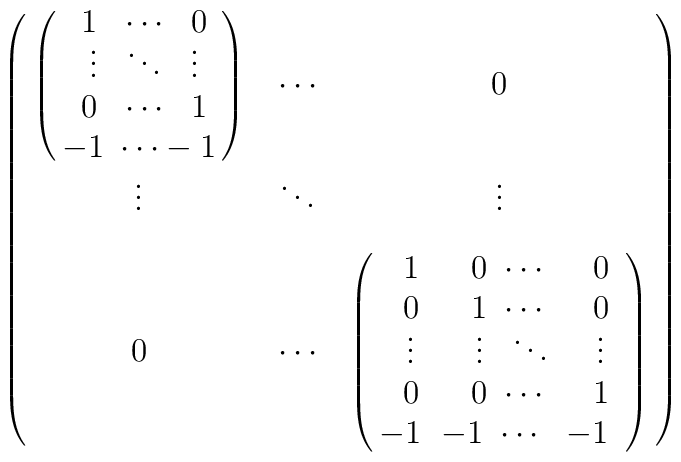
\left (\matrix{\left (\matrix{{}~1 ~~ \cdots ~~0 \cr{}~\vdots  ~~\ddots ~~ \vdots \cr{}~0 ~~\cdots  ~~1 \cr-1 ~\cdots  -1 \cr}\right )& \cdots & 0 \cr\vdots&  \ddots & \vdots \cr\cr0 & \cdots &\left (\matrix{{}~~1 & ~0 ~\cdots & 0 \cr{}~~0 & ~1 ~ \cdots & 0 \cr{}~~\vdots &~~\vdots ~~\ddots & \vdots \cr{}~~0 & ~0 ~\cdots & 1 \cr-1 &\hskip -.3 cm -1 ~\cdots &\hskip -.2 cm -1~ \cr}\right ) \cr}\right )